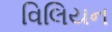
વિલિયન